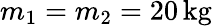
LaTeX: m_{1}=m_{2}=20\, \mathrm{kg}